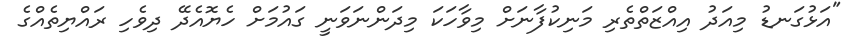
"އަޅުގަނޑު މިއަދު އިއްޒަތްތެރި މަނިކުފާނަށް މިވާހަކަ މިދަންނަވަނީ ގައުމަށް ހެޔޮއެދޭ ދިވެހި ރައްޔިތެއްގެ